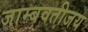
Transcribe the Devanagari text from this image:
जाम्बवतीजय